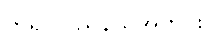
ကရင်ပြည်နယ်အတွင်း